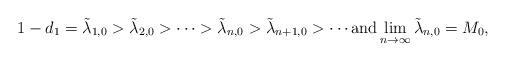
LaTeX: \begin{align*} 1 - d_1 = \tilde{\lambda}_{1,0} > \tilde{\lambda}_{2,0} > \cdots > \tilde{\lambda}_{n,0} > \tilde{\lambda}_{n+1,0} > \cdots \mbox{and} \lim_{n \to \infty} \tilde{\lambda}_{n,0} = M_0,\end{align*}